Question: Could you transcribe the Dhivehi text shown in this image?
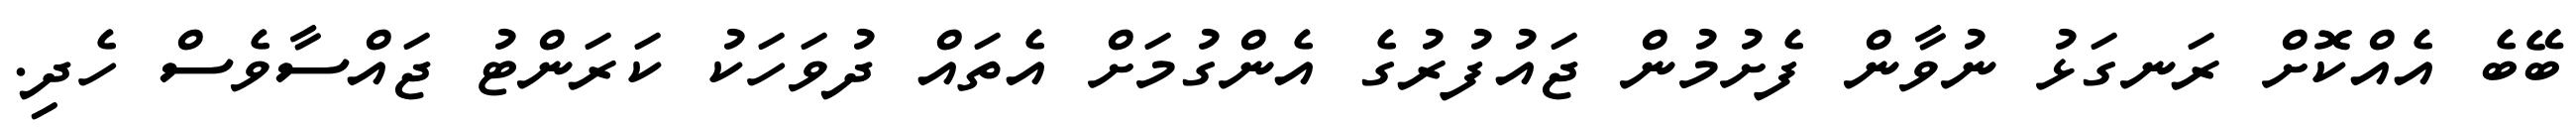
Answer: ބޭބެ އެއްކޮށް ރަނގަޅު ނުވާން ފެށުމުން ޖައުފުރުގެ އެންގުމަށް އެތައް ދުވަހަކު ކަރަންޓު ޖައްސާވެސް ހެދި.